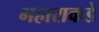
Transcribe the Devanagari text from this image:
महाराकडे